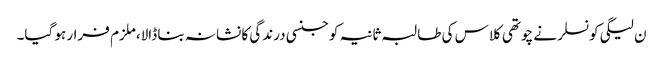
ن لیگی کونسلر نے چوتھی کلاس کی طالبہ ثانیہ کو جنسی درندگی کا نشانہ بنا ڈالا،ملزم فرار ہو گیا۔